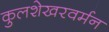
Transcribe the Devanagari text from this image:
कुलशेखरवर्मन